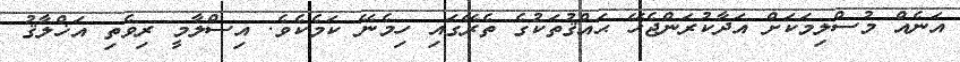
އަނެއް މުސްލިމަކަށް އަދާކުރަންޖެހޭ ޙައްޤުތަކުގެ ތެރޭގައި ހިމެނޭ ކަމެކެވެ. އިސްލާމީ ރިވެތި އަޚްލާޤު